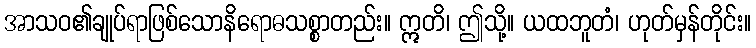
အာသဝ၏ချုပ်ရာဖြစ်သောနိရောဓသစ္စာတည်း။ ဣတိ၊ ဤသို့။ ယထဘူတံ၊ ဟုတ်မှန်တိုင်း။